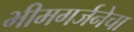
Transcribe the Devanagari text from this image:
भीमगर्जनेचा